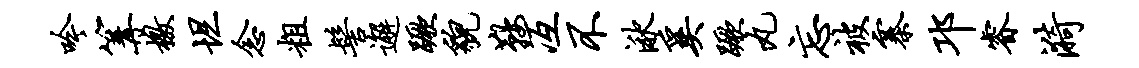
吟篝檄坦念粗髻邂蹶貌鞍冱不湫奚蹶丸忘被寨邛睿漪